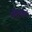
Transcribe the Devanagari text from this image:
फैलायो